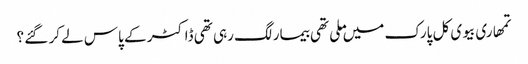
تمھاری بیوی کل پارک میں ملی تھی بیمار لگ رہی تھی ڈاکٹر کے پاس لے کر گئے ؟